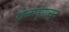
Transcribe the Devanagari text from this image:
खेळाडूंपासून